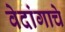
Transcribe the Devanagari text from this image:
वेदांगाचे